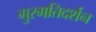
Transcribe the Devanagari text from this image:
गुरमतिदर्शन